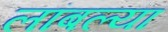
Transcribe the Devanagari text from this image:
लांबल्या